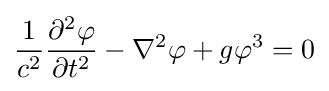
{\frac {1}{c^{2}}}{\frac {\partial ^{2}\varphi }{\partial t^{2}}}-\nabla ^{2}\varphi +g\varphi ^{3}=0